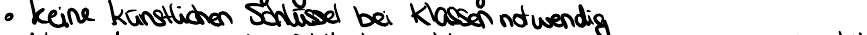
keine künstlichen Schlüssel bei Klassen notwendig